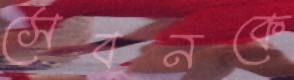
সেবনকে